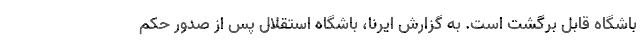
باشگاه قابل برگشت است. به گزارش ایرنا، باشگاه استقلال پس از صدور حکم